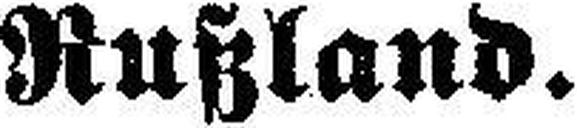
Rußland.